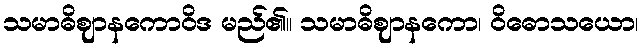
သမာဓိဈာနကောဝိဒ မည်၏။ သမာဓိဈာနကော၊ ဝိဓောသယော၊